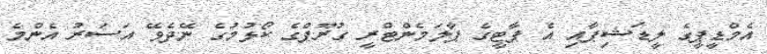
އެމްޑީޕީގެ ލީޑަޝިޕާއި އެ ޕާޓީގެ ޕާލަމެންޓްރީ ގުރޫޕްގެ ކޯޅުމުގެ ނޭދެވޭ އަސަރު އެންމެ